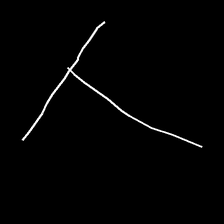
Glyph: column